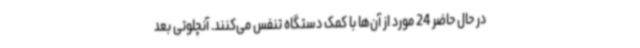
در حال حاضر 24 مورد از آن‌ها با کمک دستگاه تنفس می‌کنند. آنچلوتی بعد